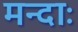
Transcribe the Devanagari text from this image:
मन्दाः